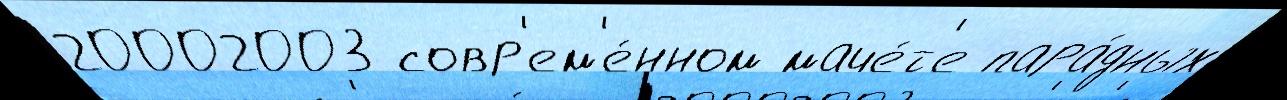
20002003 совр'ем'е́нном маче́т'е пара́дных